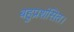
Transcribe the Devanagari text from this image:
बहुप्रशंसित।